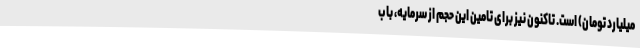
میلیارد تومان) است. تاکنون نیز برای تامین این حجم از سرمایه، با ب